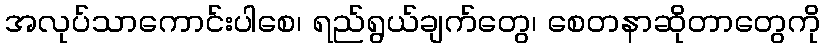
အလုပ်သာကောင်းပါစေ၊ ရည်ရွယ်ချက်တွေ၊ စေတနာဆိုတာတွေကို